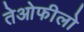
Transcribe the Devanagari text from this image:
तेओफीलो